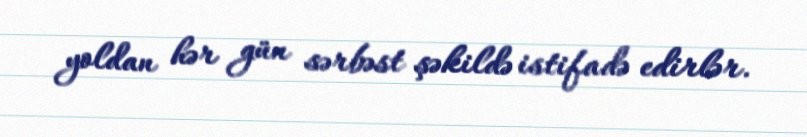
yoldan hər gün sərbəst şəkildə istifadə edirlər.